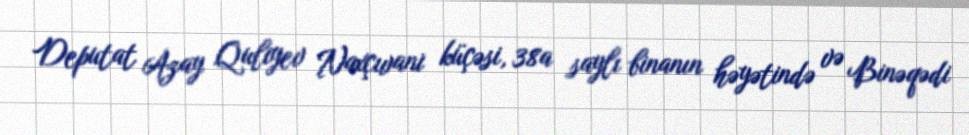
Deputat Azay Quliyev Naxçıvani küçəsi, 38a saylı binanın həyətində və Binəqədi